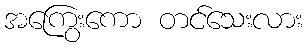
အကြွေးကော တင်သေးလား